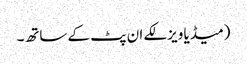
(میڈیا ویزلکے ان پٹ کے ساتھ۔